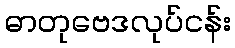
ဓာတုဗေဒလုပ်ငန်း